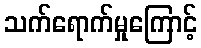
သက်ရောက်မှုကြောင့်